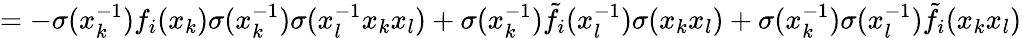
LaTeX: =-\sigma(x_{k}^{-1})f_{i}(x_{k})\sigma(x_{k}^{-1})\sigma(x_{l}^{-1}x_{k}x_{l})+\sigma(x_{k}^{-1})\tilde{f}_{i}(x_{l}^{-1})\sigma(x_{k}x_{l})+\sigma(x_{k}^{-1})\sigma(x_{l}^{-1})\tilde{f}_{i}(x_{k}x_{l})